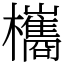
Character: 欈